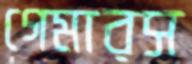
গেমারস